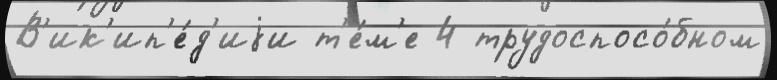
В'ик'ип'е́д'иjи т'е́м'е 4 трудоспосо́бном